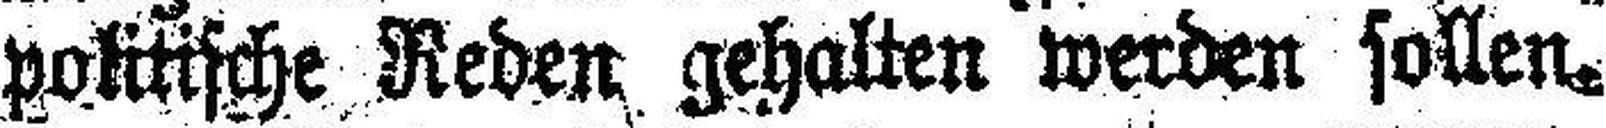
politische Reden gehalten werden sollen.